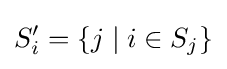
S'_{i}=\{j\mid i\in S_{j}\}